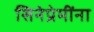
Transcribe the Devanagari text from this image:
सिनेप्रेमींना